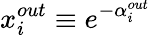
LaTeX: x_{i}^{out}\equiv e^{-\alpha_{i}^{out}}